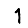
Digit: 1